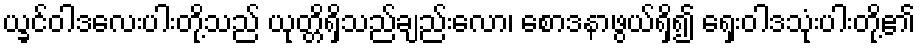
ယ္ခင်ဝါဒလေးပါးတို့သည် ယုတ္တိရှိသည်ချည်းလော၊ စောဒနာဖွယ်ရှိ၍ ရှေးဝါဒသုံးပါးတို့၏